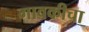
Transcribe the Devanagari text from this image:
गावकीचा